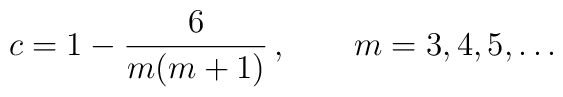
c = 1 - \frac{6}{m(m+1)} \,, \qquad m=3,4,5,\ldots